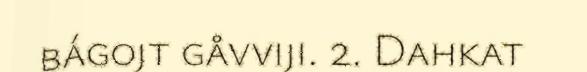
bágojt gåvviji. 2. Dahkat